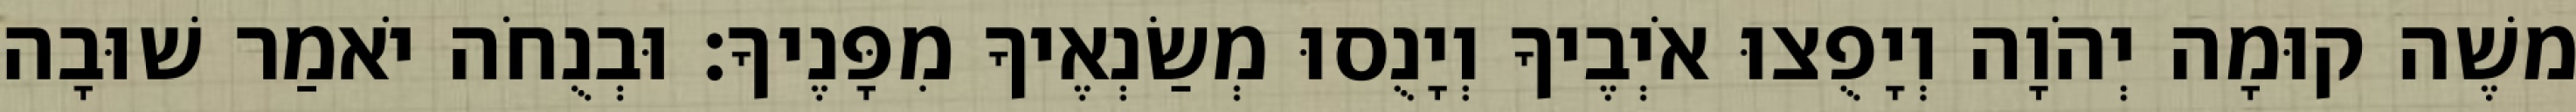
משֶׁה קוּמָה יְהֹוָה וְיָפֻצוּ אֹיְבֶיךָ וְיָנֻסוּ מְשַׂנְאֶיךָ מִפָּנֶיךָ׃ וּבְנֻחֹה יֹאמַר שׁוּבָה